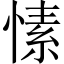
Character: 愫